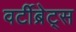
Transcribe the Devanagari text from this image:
वर्टीब्रेट्स